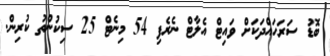
ބޮޑު ސަރަހައްދަކަށް ވައިޓް އެލާޓް ނެރެފި 54 މިނެޓް 25 ސިކުންތު ކުރިން.